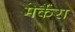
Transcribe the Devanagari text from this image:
मेर्कैरा